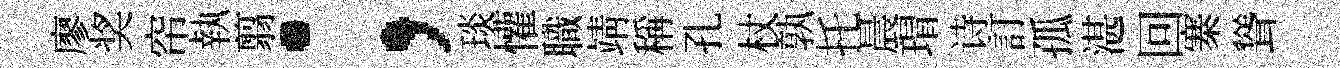
廖奖帘執翦；琰懽職靖稱孔杖孰托晨瑁诗訂孤湛回寨聳